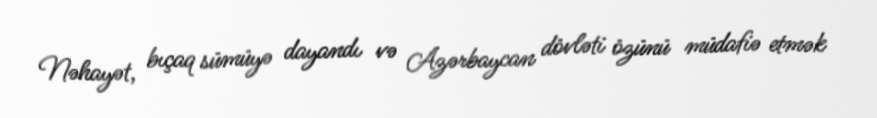
Nəhayət, bıçaq sümüyə dayandı və Azərbaycan dövləti özünü müdafiə etmək